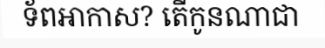
ទ័ពអាកាស? តើកូនណាជា